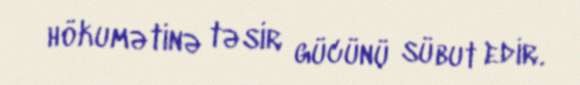
hökumətinə təsir gücünü sübut edir.